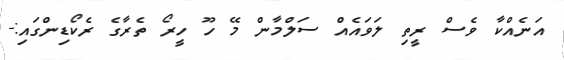
އަނެއްކާ ވެސް ރީތި ލަވައެއް ސަލްމާން މޭ ހޫ ހީރޯ ތެރާގެ ރެކޯޑިންގައި:-